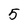
Character: 5